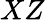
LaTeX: XZ